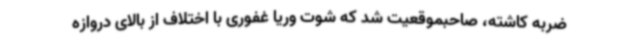
ضربه کاشته، صاحبموقعیت شد که شوت وریا غفوری با اختلاف از بالای دروازه